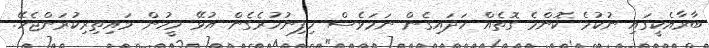
ބާރާއެކީގައި ނުކުމެ ކޮންމެ ގޮތެއް ހަދައިގެން ނަމަވެސް ހިފިނުހުރެގެން އުޅޭ މީހުން މައިތިރިކުރަންޖެހޭ.